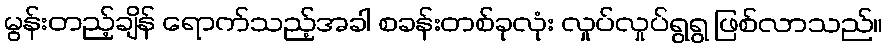
မွန်းတည့်ချိန် ရောက်သည့်အခါ စခန်းတစ်ခုလုံး လှုပ်လှုပ်ရွရွ ဖြစ်လာသည်။